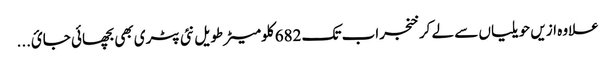
علاوہ ازیں حویلیاں سے لے کر خنجراب تک 682 کلومیٹر طویل نئی پٹری بھی بچھائی جائ...